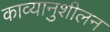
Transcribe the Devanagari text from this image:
काव्यानुशीलन